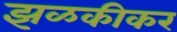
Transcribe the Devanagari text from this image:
झळकीकर